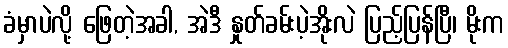
ခံမှာပဲလို့ ဖြေတဲ့အခါ, အဲဒီ နှုတ်ခမ်းပဲ့အိုးလဲ ပြည့်ပြန်ပြီ၊ မိုးက